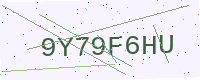
Text: 9Y79F6HU